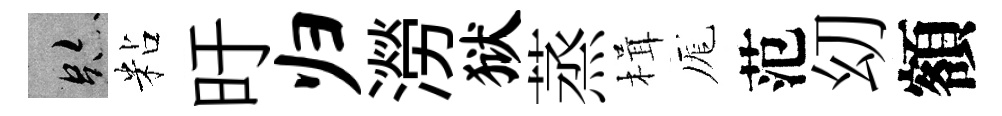
跡粘旴归澇狱蒸楫厖范㓜額